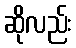
ဆိုလည်း